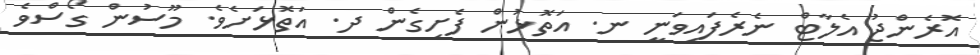
އޮރެންޖު އެލާޓް ނެރެފައިވަނީ ނ. އަތޮޅުން ފެށިގެން ދ. އަތޮޅަށެވެ. މޫސުން ގޯސްވެ